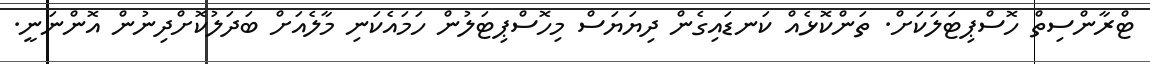
ޓްރާންސިތް ހޮސްޕިޓަލަކަށް. ތަންކޮޅެއް ކަނޑައިގެން ދިޔަޔަސް މިހޮސްޕިޓަލުން ހަމައެކަނި މާލެއަށް ބަދަލުކޮށްދިނުން އޮންނަނީ.